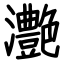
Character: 灔